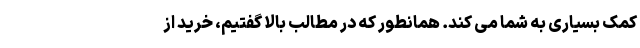
کمک بسیاری به شما می کند. همانطور که در مطالب بالا گفتیم، خرید از